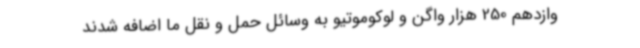
وازدهم 250 هزار واگن و لوکوموتیو به وسائل حمل و نقل ما اضافه شدند